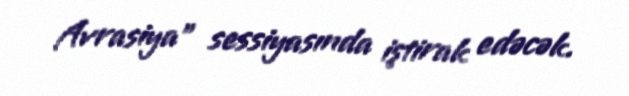
Avrasiya” sessiyasında iştirak edəcək.